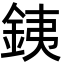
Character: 銕